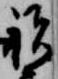
祝